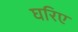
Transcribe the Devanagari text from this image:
घरिए